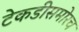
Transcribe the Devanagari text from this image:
टेकडीसमोरच